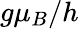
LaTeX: g\mu_{B}/h